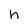
Character: h